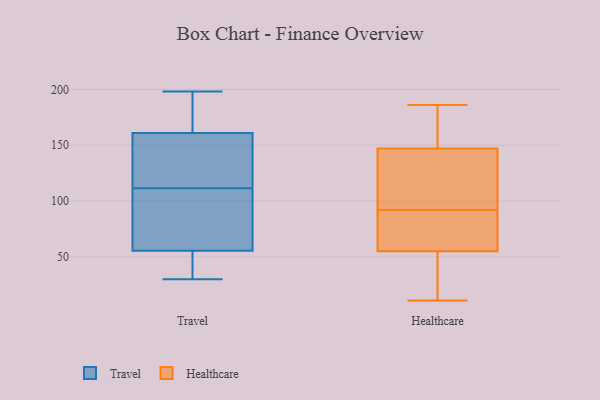
{"axis": {"x": "Churn Rate (%)", "y": "Value"}, "legend": ["Healthcare", "Travel"], "data": [{"x": "", "y": 198, "type": "Travel"}, {"x": "", "y": 131, "type": "Travel"}, {"x": "", "y": 53, "type": "Travel"}, {"x": "", "y": 197, "type": "Travel"}, {"x": "", "y": 104, "type": "Travel"}, {"x": "", "y": 117, "type": "Travel"}, {"x": "", "y": 161, "type": "Travel"}, {"x": "", "y": 30, "type": "Travel"}, {"x": "", "y": 161, "type": "Travel"}, {"x": "", "y": 55, "type": "Travel"}, {"x": "", "y": 106, "type": "Travel"}, {"x": "", "y": 56, "type": "Travel"}, {"x": "", "y": 29, "type": "Healthcare"}, {"x": "", "y": 11, "type": "Healthcare"}, {"x": "", "y": 186, "type": "Healthcare"}, {"x": "", "y": 88, "type": "Healthcare"}, {"x": "", "y": 114, "type": "Healthcare"}, {"x": "", "y": 147, "type": "Healthcare"}, {"x": "", "y": 158, "type": "Healthcare"}, {"x": "", "y": 51, "type": "Healthcare"}, {"x": "", "y": 149, "type": "Healthcare"}, {"x": "", "y": 95, "type": "Healthcare"}, {"x": "", "y": 82, "type": "Healthcare"}, {"x": "", "y": 122, "type": "Healthcare"}, {"x": "", "y": 89, "type": "Healthcare"}, {"x": "", "y": 55, "type": "Healthcare"}]}